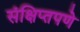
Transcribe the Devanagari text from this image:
संक्षिप्‍तपणे